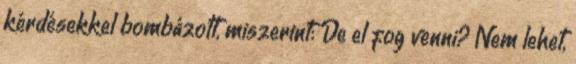
kérdésekkel bombázott, miszerint: De el fog venni? Nem lehet,